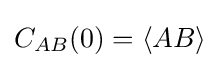
C_{AB}(0)=\langle AB\rangle